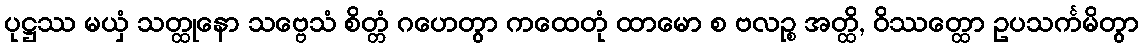
ပုဋ္ဌဿ မယှံ သတ္ထုနော သဗ္ဗေသံ စိတ္တံ ဂဟေတွာ ကထေတုံ ထာမော စ ဗလဉ္စ အတ္ထိ, ဝိဿတ္ထော ဥပသင်္ကမိတွာ